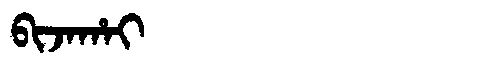
Manchu: ᠪᡳᠵᠠᡥᠠᡳ
Romanization: BIJAHAI